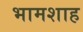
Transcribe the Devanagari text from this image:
भामशाह